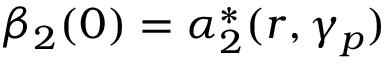
\beta _ { 2 } ( 0 ) = \alpha _ { 2 } ^ { * } ( r , \gamma _ { p } )